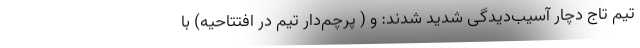
تیم تاج دچار آسیب‌دیدگی شدید شدند: و ( پرچم‌دار تیم در افتتاحیه) با